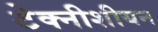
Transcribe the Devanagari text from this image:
टेक्नीशीयन